Vital statistics of India. Vol. IV, Annual returns from 1871 to 1876. British Army of India, Native Army and jails of Bengal
Year: 1871
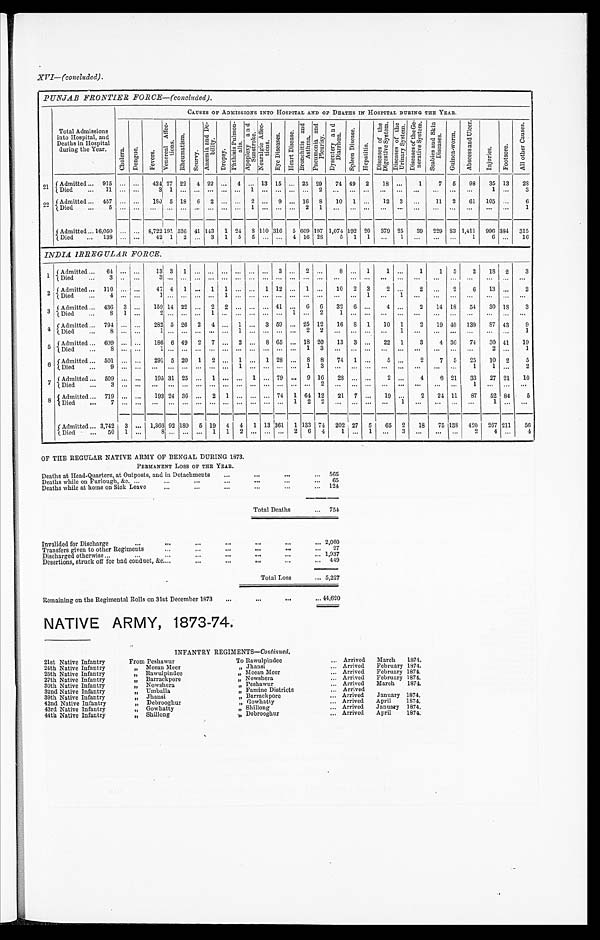
XVI—(concluded).
PUNJAB FRONTIER FORCE—(concluded).
Total Admissions
into Hospital, and
Deaths in Hospital
during the Year.
CAUSES OF ADMISSIONS INTO HOSPITAL AND OF DEATHS IN HOSPITAL DURING THE YEAR.
Chol era. De n g u e .
F e v e r s .
V e n e r e a l A f f e c - t i o n s .
R h e u ma t i s m.
S c u r v y .
A n æ m i a a n d D e - b i l i t y .
D r o p s y .
P h t h i s i s P u l m o n - a l i s . A p o p l e x y a n d S u n s t r o k e .
N e u r a l g i c A f f e c - t i o n s .
E y e D i s e a s e s .
H e a r t D i s e a s e . B r o n c h i t i s a n d A s t h m a .
P n e u m o n i a a n d P l e u r i s y .
D y s e n t e r y a n d D i a r r h œ a .
S p l e e n D i s e a s e .
H e p a t i t i s .
D i s e a s e s o f t h e D i g e s t i v e S y s t e m .
D i s e a s e s o f t h e U r i n a r y S y s t e m .
D i s e a s e s o f t h e G e - n e r a t i v e S y s t e m .
S c a b i e s a n d S k i n D i s e a s e s .
G u i n e a - w o r m .
A b s c e s s a n d U l c e r .
I n j u r i e s .
F o o t s o r e .
A l l o t h e r C a u s e s .
21
Admitted . . . 915 . . . . . .
424 27 22
4 22
. . .
4 . . . 13 15
. . . 25 29
74
4 9
2
1 8
. . .
1
7
5
98
35 13
28
Died . . . 11 . . . . . .
3
1 . . .
. . .
. . .
. . .
. . .1
. . .
. . .
. . .
. . .
2
. . .
. . .
. . .
. . .
. . .
. . .
. . .
. . .
. . .
1
. . .
3
2 2
Admitted . . . 457 . . . . . .
1 8 0
5 18
6
2
. . .
. . . 2
. . . 9
. . . 16
8
10
1
. . .
12
3
. . .
11
2
61
105
. . .
6
D i e d . . . 5. . . . . .
. . .
. . .. . .
. . .
. . .
. . .
. . . 1
. . .
. . .
. . .
2
1
. . .
. . .
. . .
. . .
. . .
. . .
. . .
. . .. . .
. . .
. . .
1
Admitted . . . 16,050
. . . . . .
8,722 191 536 41 143
1 24
8
110 316
5 609 197 1,074 192 20
379 25
39
229 83 1,411
996 384
315
Died . . . 138 . . . . . .
42 1
2
. . . 3
1
5
5
. . .
. . . 4 16 28
5
1
1
. . . 1
. . .
. . .
. . .
1
6
. . .
16
INDIA IRREGULAR FORCE.
1
Admitted . . . 64 . . . . . .
1 3
3
1
. . .
. . .
. . .
. . . . . .
. . .
3
. . .
2
. . .
8
. . .
1
1
. . .
1
1
5
2
1 8 2
3
Died . . . 3 . . . . . .
3
. . .
. . .
. . .
. . .
. . .
. . . . . .
. . .
. . .
. . .
. . .
. . .
. . .
. . .
. . .
. . .
. . .
. . .
. . .
. . .
. . .
. . . . . .
. . .
2
Admitted . . . 110
. . . . . .
47 4
1
. . . 1
1
. . . . . .
1 12
. . . 1
. . .
10
2
3
2
. . .
2
. . .
2
6
13
. . .
2
Died . . . 4 . . . . . .
1
. . .
. . .
. . .
. . .
1
. . . . . .
. . .
. . .
. . .
. . .
. . .
. . .
. . .
1
. . .
1
. . .
. . .
. . .
. . .
. . .
. . .
. . .
3
Admitted . . . 436
3 . . .
159 14 22
. . . 2
2
. . . . . .
. . . 41
. . .
6
6
32
6
. . .
4
. . .
2
14 18
54
30
1 8
3
Died . . . 8
1 . . .
2
. . .. . .
. . .
1
. . .
. . .. . .
. . .
. . .
1
. . .
2
1
. . .
. . .
. . .
. . .
. . .
. . .
. . .. . .
. . .
. . .
. . .
4
Admitted . . .794 . . . . . .
282 5 26
2
4
. . . 1 . . . 3 59
. . . 25 12
16
8 1
10
1
2
19 40
139
8 7
43
9
Died . . .8 . . . . . .
1
. . . . . .
. . .
. . .
. . .
. . . . . .
. . .
. . .
. . . 2
2
. . .
. . .
. . .
. . . 1
. . .
. . .
. . .. . .
. . .
. . .
1
5 Admitted . . . 609 . . . . . .
186 6 49
2
7
. . .
2 . . .
8 65
. . . 18 20
13
3
. . .
22
1
3
4 36
74
30 41
19
Died . . . 8 . . . . . .
1
. . . . . .
. . .
. . .
. . .
. . . . . .
. . .
. . .
. . . 1
3
. . .
. . .
. . .
. . .
. . .
. . .
. . .
. . .
. . .
2
. . .
1
6
Admitted . . . 501 . . . . . .
291 5 20
1
2
. . . 1 . . .
1 28
. . . 8
8
74
1
. . .
5
. . .
2
7
5
25
10
2
5
Died . . . 9 . . . . . .
. . .
. . . . . .
. . .
. . .
. . .
1 . . .
. . .
. . .
. . .
1
3
. . .
. . .
. . .
. . .
. . .
. . .
. . .
. . .
1
1
. . .
2
7 Admitted . . . 509 . . . . . .
195 31 25
. . .
1
. . .
. . . 1
. . . 79
. . . 9 16
28
. . .
. . .
2
. . .
4
6 21
33
27 21
10
D i e d . . . 3. . . . . .
. . .
. . .. . .
. . .
. . .
. . .
. . . . . .
. . .
. . .
. . .
. . .
2
. . .
. . .
. . .
. . .
. . .
. . .
. . .
. . .
1
. . .
. . .
. . .
8 Admitted . . . 719
. . . . . .
193 24 36
. . . 2
1
. . . . . .
. . . 74
1 64 12
21
7
. . .
19
. . .
2
24 11
8 7
52 84
5
Died . . . 7 . . . . . .
. . .
. . . . . .
. . .
. . .
. . .
. . . . . .
. . .
. . .
1
2
2
. . .
. . .
. . .
. . .
1
. . .
. . .
. . .
. . .
1
. . .
. . .
Admitted . . . 3,742
3 . . . 1,366 92 180
5 19
4
4
1 13 361
1 133 74
202 27
5
65
2
18
75 138 420
267 211
56
Died . . . 50
1 . . .
8
. . .
. . .
. . . 1
1
2
. . .
. . .
. . . 2
6
4
1
. . .
1
. . . 3
. . .
. . . . . .
2
4
. . .
4
OF THE REGULAR NATIVE ARMY OF BENGAL DURING 1873.
PERMANENT LOSS OF THE YEAR.
Deaths at Head-Quarters, at Outposts, and in Detachments . . .
565
Deaths while on Furlough, &c. . . .
65
Deaths while at home on Sick Leave . . .
124
Total Deaths . . . 754
Invalided for Discharge . . .
2,060
Transfers given to other Regiments . . .
27
Discharged otherwise . . .
1,937
Desertions, struck off for bad conduct, &c . . .
4 4 9
Total Loss . . .
5,227
Remaining on the Regimental Rolls on 31st December 1873 . . .
44,620
NATIVE ARMY, 1873-74.
INFANTRY REGIMENTS— Continued .
21st Native Infantry
From Peshawur
To Rawulpindee . . . Arrived
March
1874.
24th Native Infantry
" Meean Meer
" Jhansi . . . Arrived
February 1874.
25th Native Infantry
" Rawulpindee
" Meean Meer . . . Arrived
February 1874.
27th Native Infantry
" Barrackpore
" Nowshera . . . Arrived
February 1874.
30th Native Infantry
" No ws h e r a
" Peshawur . . . Arrived
March
1874.
32nd Native Infantry
" U m b a l l a
" Famine Districts . . . Arrived
39th Native Infantry
" J h a n s i
" Barrackpore . . . Arrived
January 1874.
42nd Native Infantry
" Debrooghur
" Gowhatty . . . Arrived
April
1874.
43rd Native Infantry
" Go wh a t t y
" Shillong . . . Arrived
January 1874.
44th Native Infantry
" S h i l l o n g
" Debrooghur . . . Arrived
April
1874.